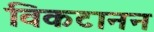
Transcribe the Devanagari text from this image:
विकटानन